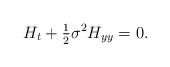
LaTeX: \begin{align*} H_t + \tfrac{1}{2}\sigma^2H_{yy}=0.\end{align*}